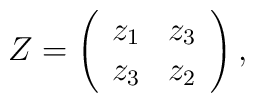
Z=\left(\begin{array}{crc}z_1&z_3\\z_3&z_2\\\end{array}\right),